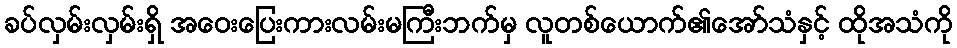
ခပ်လှမ်းလှမ်းရှိ အဝေးပြေးကားလမ်းမကြီးဘက်မှ လူတစ်ယောက်၏အော်သံနှင့် ထိုအသံကို